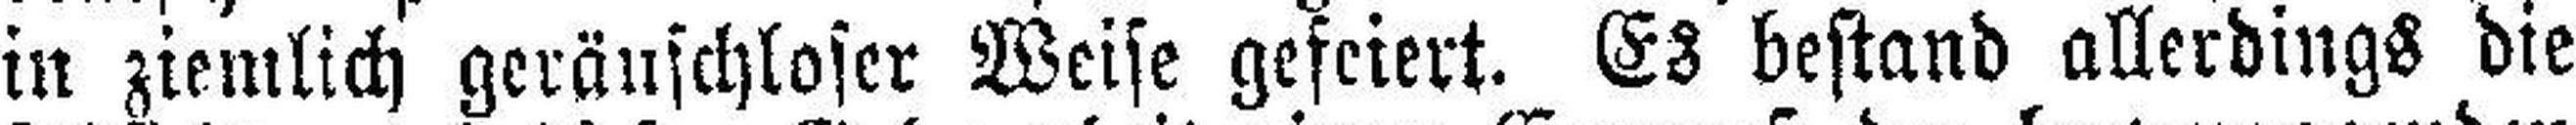
in ziemlich geräuschloser Weise gefeiert. Es bestand allerdings die